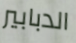
الدبابير